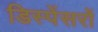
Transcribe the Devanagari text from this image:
डिस्पेंसरों